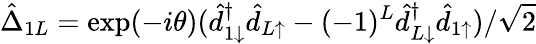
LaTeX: \hat{\Delta}_{1L}=\exp(-i\theta)(\hat{d}_{1\downarrow}^{\dagger}\hat{d}_{L\uparrow}-(-1)^{L}\hat{d}_{L\downarrow}^{\dagger}\hat{d}_{1\uparrow})/\sqrt{2}